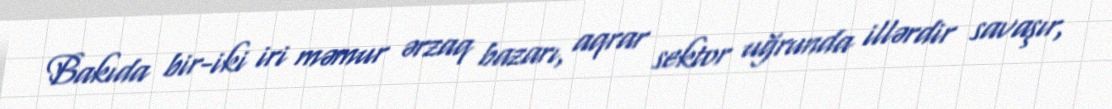
Bakıda bir-iki iri məmur ərzaq bazarı, aqrar sektor uğrunda illərdir savaşır,